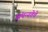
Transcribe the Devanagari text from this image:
संपन्‍नतेचे